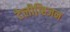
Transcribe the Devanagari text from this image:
टेलीव्हि़जन